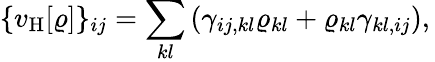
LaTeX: {\displaystyle\{ v_{\mathrm{H}}[\varrho]\} _{ij}=\sum_{kl}\left(\gamma_{ij,kl}\varrho_{kl}+\varrho_{kl}\gamma_{kl,ij}\right)},\,